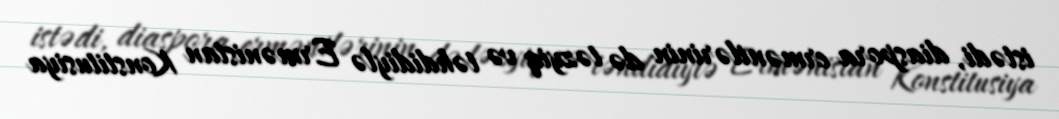
istədi, diaspora ermənilərinin də təzyiq və təhdidiylə Ermənistan Konstitusiya